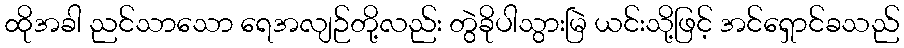
ထိုအခါ ညင်သာသော ရေအလျဉ်တို့လည်း တွဲခိုပါသွားမြဲ ယင်းသို့ဖြင့် အင်ရှောင်ခသည်